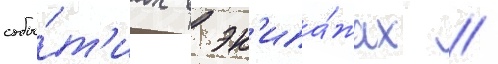
собы́т'иах в эк'ипа́жах //